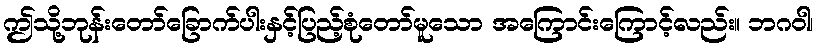
ဤသို့ဘုန်းတော်ခြောက်ပါးနှင့်ပြည့်စုံတော်မူသော အကြောင်းကြောင့်လည်း။ ဘဂဝါ၊